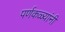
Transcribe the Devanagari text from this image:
पर्णकळ्यांनी